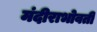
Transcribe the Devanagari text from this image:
मंदीराभोवती